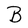
Character: B